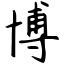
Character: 博